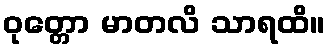
ဝုတ္တော မာတလိ သာရထိ။